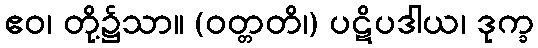
ဧဝ၊ တို့၌သာ။ (ဝတ္တတိ၊) ပဋိပဒါယ၊ ဒုက္ခ